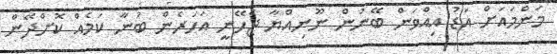
މަންމައަށް އަޑު އިއްވަން ބޭނުން ނޫނިއްޔާ ޖެހޭނީ އަހަރެން ބުނާ ކަމެއް ކޮށްދޭން